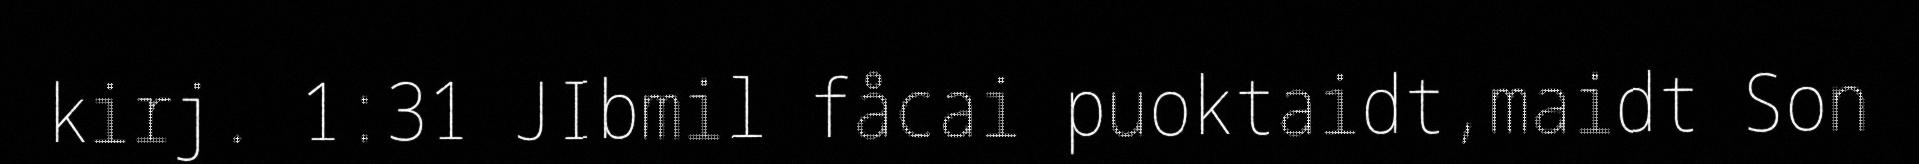
kirj. 1:31 JIbmil fåcai puoktaidt,maidt Son